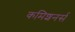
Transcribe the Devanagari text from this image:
कमिशनर्स